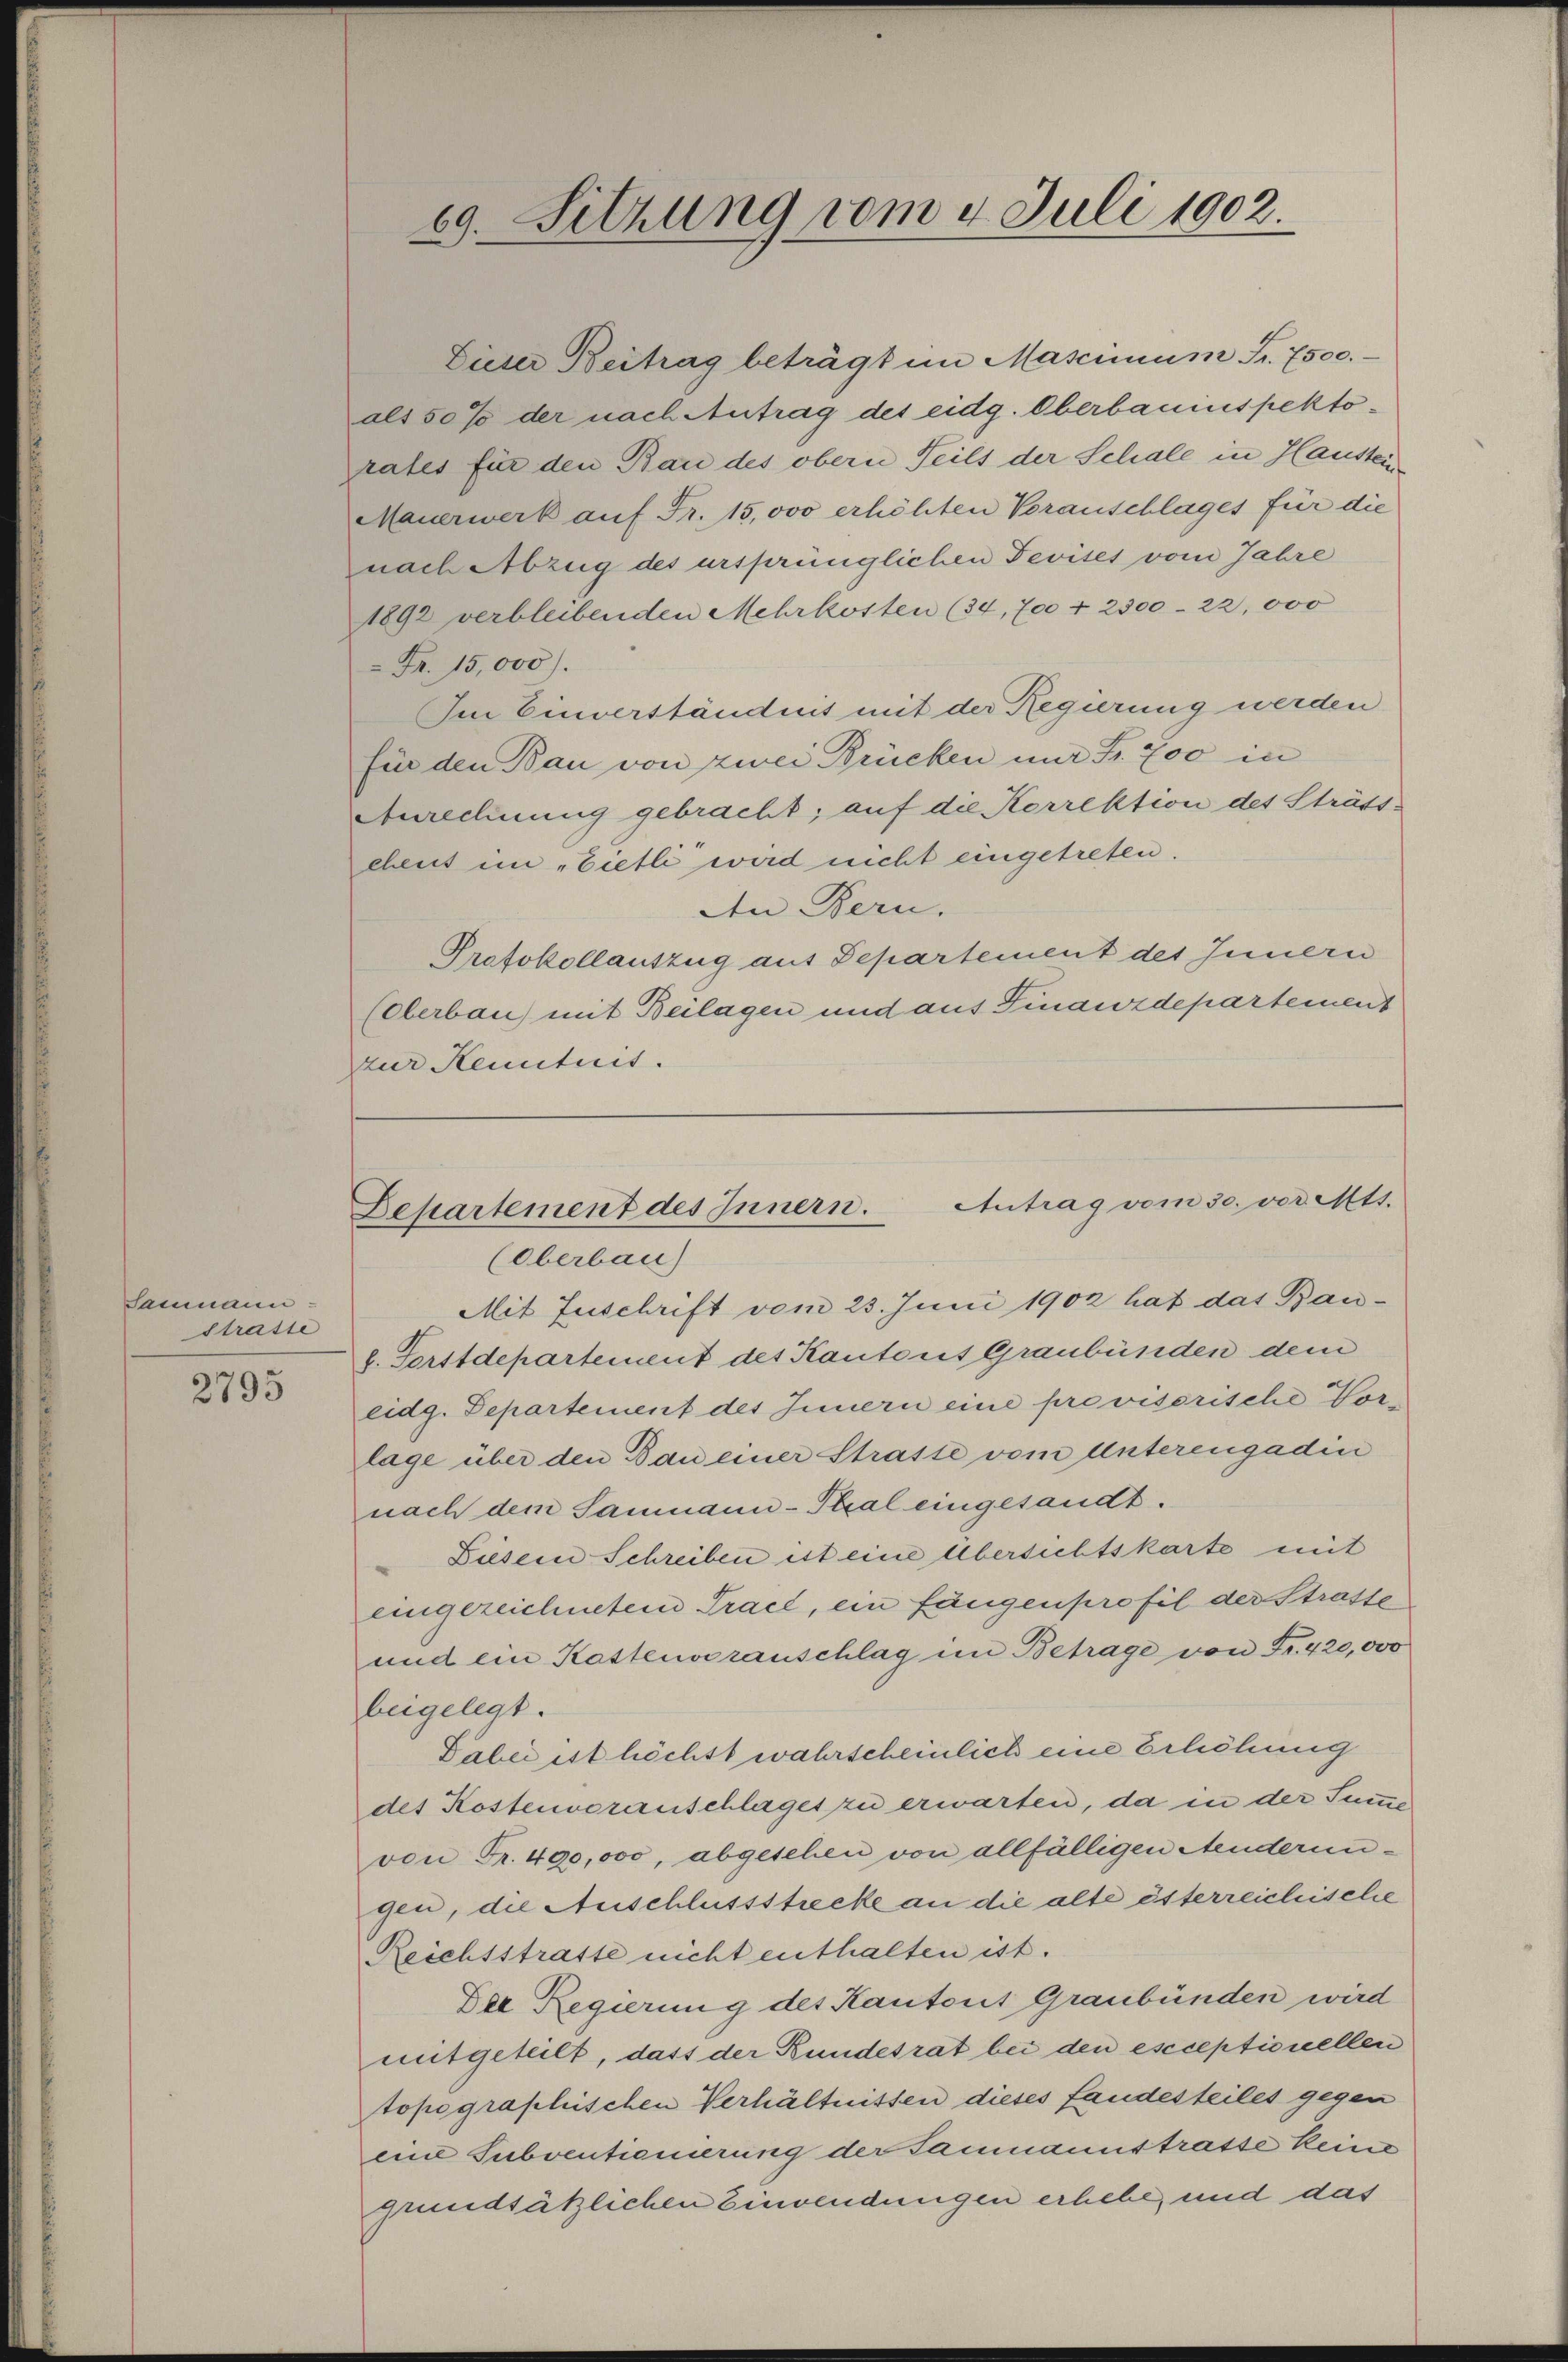
Saumann
strasse

2795

Dieser Beitrag beträgt im Mascinum Fr. 7500.
als 50% der nach Antrag des eidg. Oberbauinspektorates für den Bau des obern Teils der Schale in Hausten
Mauerwerk aŭf Fr. 15,000 erhöhten Voranschlages für die
nach Abzug des ursprünglichen Fevites vom Jahre
1892 verbleibenden Mehrkosten (34, 700 + 2300-22, 000
 Fr. 15,000).
Im Einverständnis mit der Regierung werden
für den Bau von zwei Brücken nur Fr. 700 in
Anrechnung gebracht; auf die Korrektion des Strass-
chens im „Zietli wird nicht eingetreten.
An Bern.
Protokollauszug aus Departement des Innern
(Oberbau mit Beilagen und aus Finanzdepartement
zur Renituit.

69. Sitzung vom 4. Juli 1902.

Antrag vom 30. vor. Mts.
Departement des Innern.
(Oberbau)

Mit Zuschrift vom 23. Juni 1902 hat das Bau-
b. Forstdepartement des Kantons Graubünden dem
eidg. Separtement des Innern eine provisorische Vorlage über den Bau einer Strasse vom Unterengadin
nach dem Sammann-Thal eingesandt.
Diesern Schreiben ist eine Übersichtskarte mit
eingezeichnetem Tract, ein fängenprofil der Strasse
und ein Kastenveranschlag im Betrage von Fr. 420,000
beigelegt.
Dabei ist höchst wahrscheinlich eine Erlichung
des Kostenvoranschlages zu erwarten, da in der Summe
von Fr. 490,000, abgesehen von allfälligen Aenderungen, die Anschlussstrecke an die alte österreichische
Reichsstrasse nicht enthalten ist.
Der Regierung des Kantons Graubünden wird
mitgeteilt, dass der Bundesrat bei den escceptionellen
topographischen Verhältnissen dieses fandesteiles gegen
eine Subventionierung der Sammannstrasse keine
grundsätzlichen Einwendungen erhebe, und das